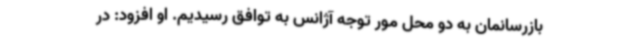
بازرسانمان به دو محل مور توجه آژانس به توافق رسیدیم. او افزود: در